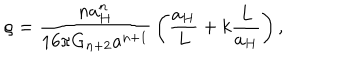
\rho = { \frac { n a _ { H } ^ { n } } { 1 6 \pi G _ { n + 2 } a ^ { n + 1 } } } \left( { \frac { a _ { H } } { L } } + k { \frac { L } { a _ { H } } } \right) ,